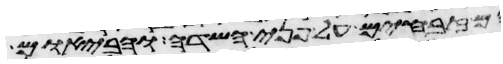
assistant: זבחים על פני השדה והבאום